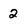
Character: 2